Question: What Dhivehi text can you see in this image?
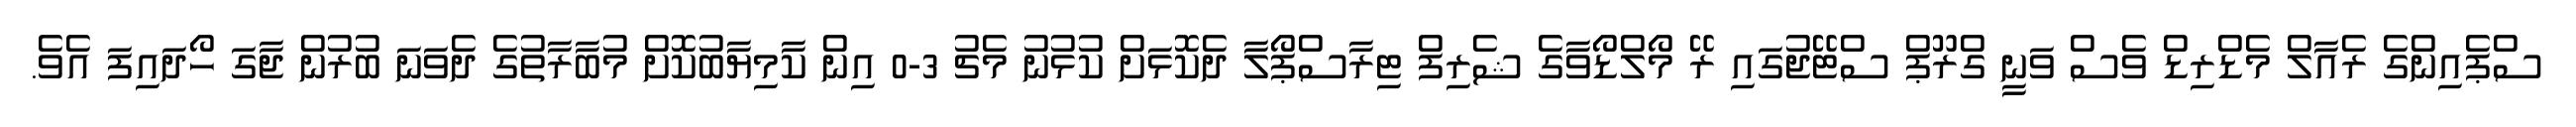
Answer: ސްޕެއިންގެ ރެއާލް މެޑްރިޑް ވެސް ވަނީ ގްރޫޕް ސްޓޭޖުގައި ރޭ މޯލްޑޯވާގެ ޝެރިފް ޓިރާސްޕޯލާ ދެކޮޅަށް ކުޅުނު މެޗު 3-0 އިން ކާމިޔާބުކޮށް މުބާރާތުގެ ދެވަނަ ބުރުން ޖާގަ ހޯދައިފަ އެވެ.